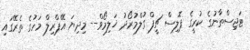
ޓަޖިިސްތާނުގެ ކުރީގެ ޕޮލިސް ޗީފް ގުލްމުރޯދު ޚަލިމޯވް-- މިދިޔަ އޭޕްރިލް މަހުގެ ތެރޭގައި